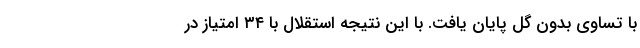
با تساوی بدون گل پایان یافت. با این نتیجه استقلال با ۳۴ امتیاز در